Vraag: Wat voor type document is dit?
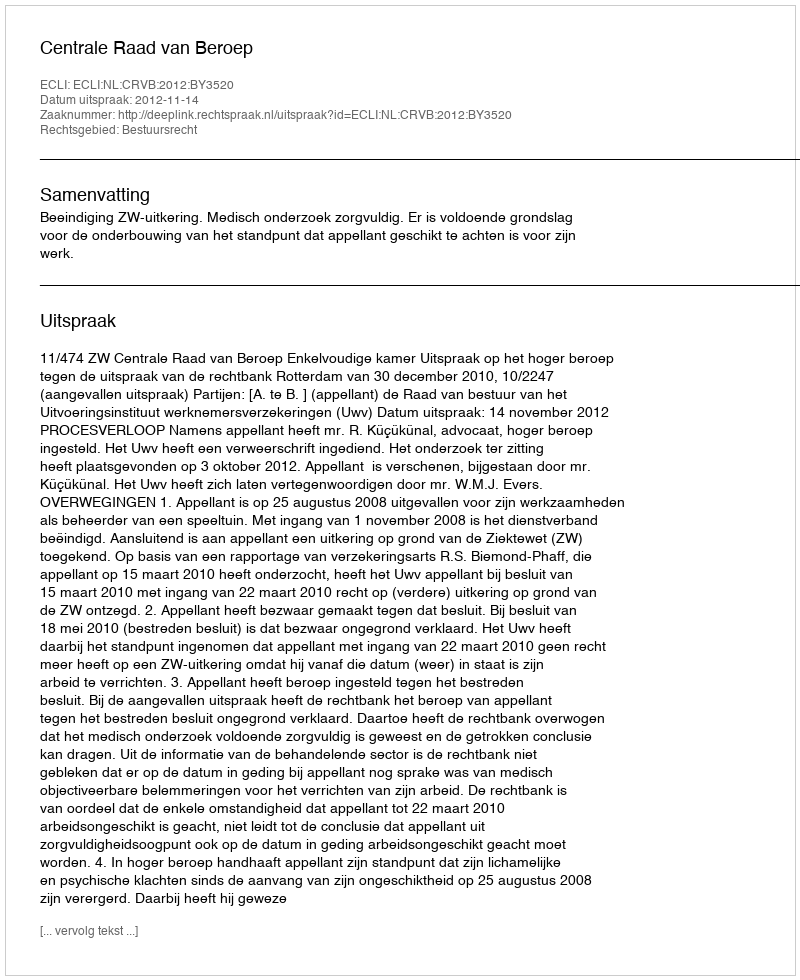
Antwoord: Uitspraak